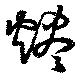
燼